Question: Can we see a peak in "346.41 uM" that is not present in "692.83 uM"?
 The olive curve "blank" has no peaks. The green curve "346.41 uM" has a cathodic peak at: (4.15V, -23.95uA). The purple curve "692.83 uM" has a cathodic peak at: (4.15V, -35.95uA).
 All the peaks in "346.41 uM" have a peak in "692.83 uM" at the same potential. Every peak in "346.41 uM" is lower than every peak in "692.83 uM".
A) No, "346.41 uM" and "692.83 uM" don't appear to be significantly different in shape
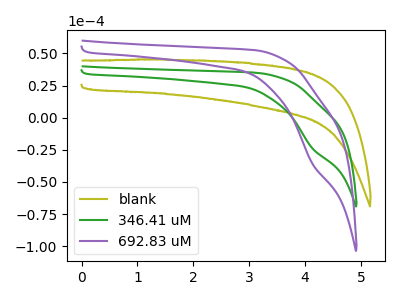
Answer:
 <answer>A) No, "346.41 uM" and "692.83 uM" don't appear to be significantly different in shape</answer>
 <eval>A</eval>